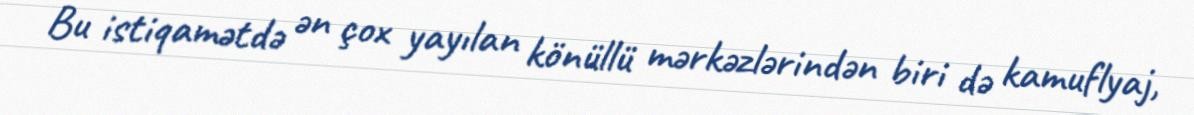
Bu istiqamətdə ən çox yayılan könüllü mərkəzlərindən biri də kamuflyaj,